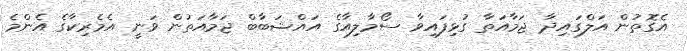
އެގޮތުން އަލްގައިދާ ޖަމާއަތާ ގުޅިފައިވާ ސޯމާލިއާގެ އައްޝަބާބް ޖަމާއަތުން ވަނީ އެމެރިކާގެ އެންމެ